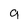
Character: g